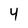
Character: 4